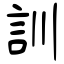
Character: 訓